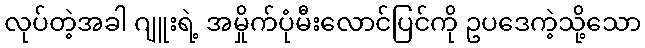
လုပ်တဲ့အခါ ဂျူးရဲ့ အမှိုက်ပုံမီးလောင်ပြင်ကို ဥပဒေကဲ့သို့သော